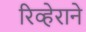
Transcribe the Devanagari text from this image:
रिव्हेराने